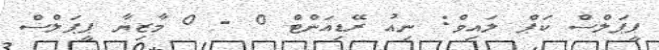
ޕީޕަލްސް ކަޕް ލައިވް: ނިއު ރޭޑިއަންޓް 0 - 0 މާޒިޔާ ޕީޕަލްސް